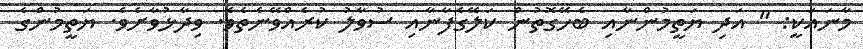
މާނައަކީ: " އަދި ޔަތީމުންނާއި ބެހޭގޮތުން ކަލޭގެފާނާއި ސުވާލު ކުރެއްވޭނެތެވެ. ވިދާޅުވާށެވެ. ޔަތީމުންގެ